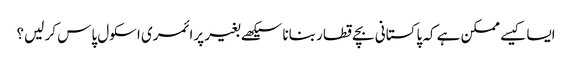
ایسا کیسے ممکن ہے کہ پاکستانی بچے قطار بنانا سیکھے بغیر پرائمری اسکول پاس کر لیں؟